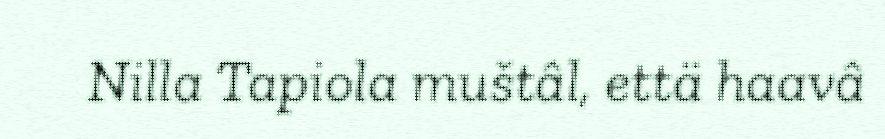
Nilla Tapiola muštâl, että haavâ